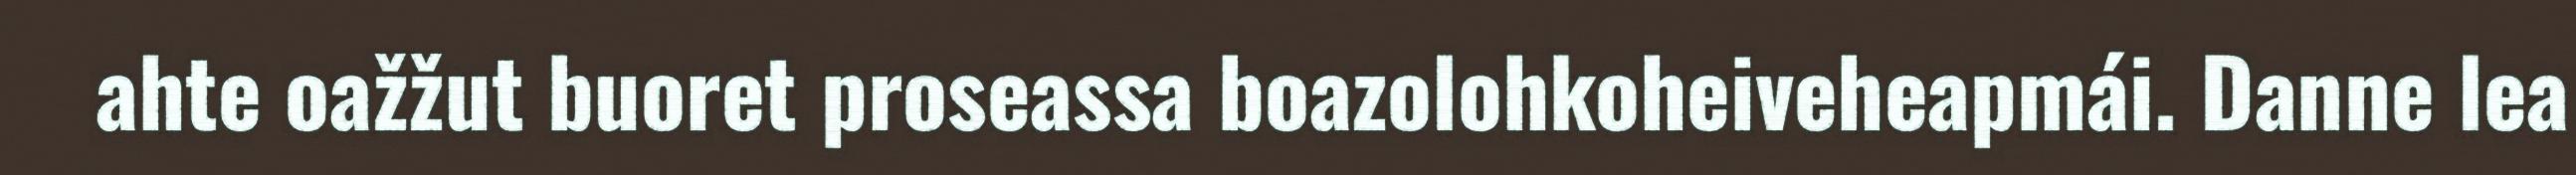
ahte oažžut buoret proseassa boazolohkoheiveheapmái. Danne lea